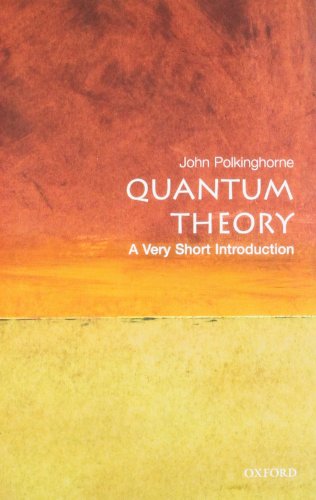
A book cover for Quantum Theory: A Very Short Introduction; John Polkinghorne; Science & Math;